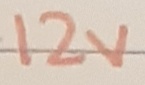
Text: 12V